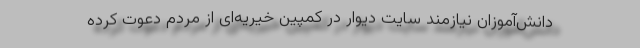
دانش‌آموزان نیازمند سایت دیوار در کمپین خیریه‌ای از مردم دعوت کرده